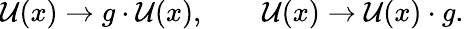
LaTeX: \mathcal{U}(x)\rightarrow g\cdot\mathcal{U}(x),\qquad\mathcal{U}(x)\rightarrow\mathcal{U}(x)\cdot g.